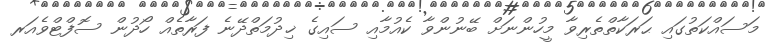
މަސައްކަތުގައި ޙަރަކާތްތެރިވާ މީހުންނަށް ބޭނުންވާ ކެއުމާއި ސައިގެ ޚިދުމަތްދޭނެ ފަރާތެއް ހޯދުން ސޮފްޓްވެއަރ